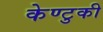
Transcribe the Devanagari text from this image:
केण्टुकी